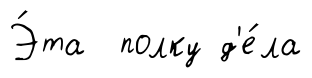
Э́та полку д'е́ла